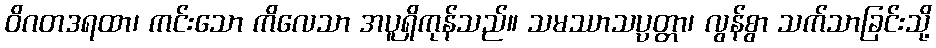
ဝိဂတဒရထာ၊ ကင်းသော ကိလေသာ အပူရှိကုန်သည်။ သမဿာသပ္ပတ္တာ၊ လွန်စွာ သက်သာခြင်းသို့